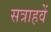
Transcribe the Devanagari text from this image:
सत्राहवें